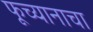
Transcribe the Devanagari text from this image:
फूच्यानाचा